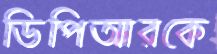
ডিপিআরকে